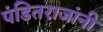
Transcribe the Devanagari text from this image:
पंडितराजांनी